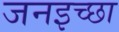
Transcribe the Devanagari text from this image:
जनइच्छा